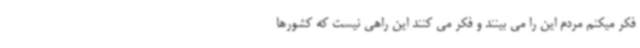
فکر میکنم مردم این را می بینند و فکر می کنند این راهی نیست که کشورها